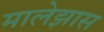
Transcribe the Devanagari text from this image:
मालेझास